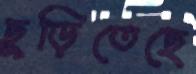
ছুড়িতেছে